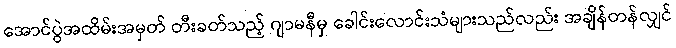
အောင်ပွဲအထိမ်းအမှတ် တီးခတ်သည့် ဂျာမနီမှ ခေါင်းလောင်းသံများသည်လည်း အချိန်တန်လျှင်